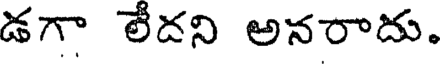
డగా లేదని అనరాదు.